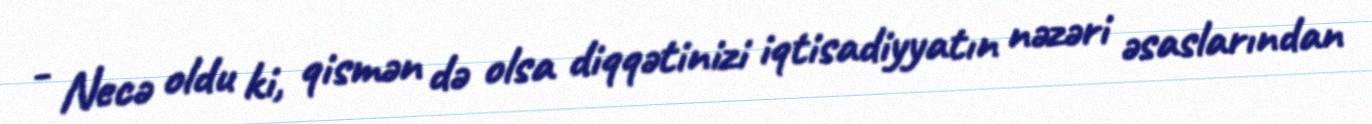
- Necə oldu ki, qismən də olsa diqqətinizi iqtisadiyyatın nəzəri əsaslarından